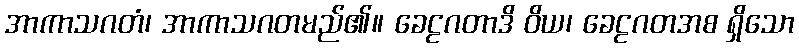
အာကာသဂတံ၊ အာကာသဂတမည်၏။ ခေဠဂတာဒိ ဝိယ၊ ခေဠဂတအစ ရှိသော